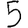
Digit: 5